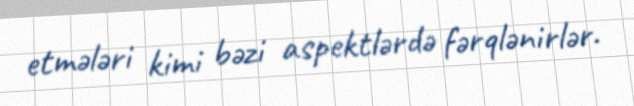
etmələri kimi bəzi aspektlərdə fərqlənirlər.